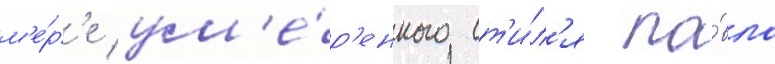
м'е́р'е ум'е́р'енного ст'и́л'я па́вла